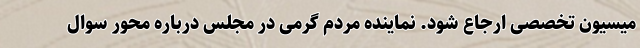
میسیون تخصصی ارجاع شود. نماینده مردم گرمی در مجلس درباره محور سوال